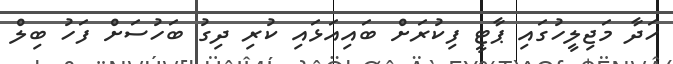
ހަދާ މަޖިލީހުގައި ޕާޓީ ފިކުރަށް ބައިއަޅައި ކުރި ދިގު ބަހުސަށް ފަހު ބިލް